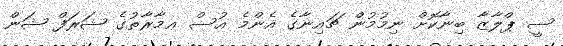
ސީ ޕްލާޒާ ބިނާކޮށް ނިމުމުން ޗައިނާގެ އެންމެ އުސް ޢމާރާތުގެ ޝަރަފް ޝަން